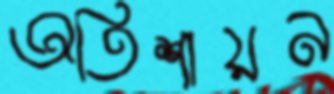
অতিশায়ন